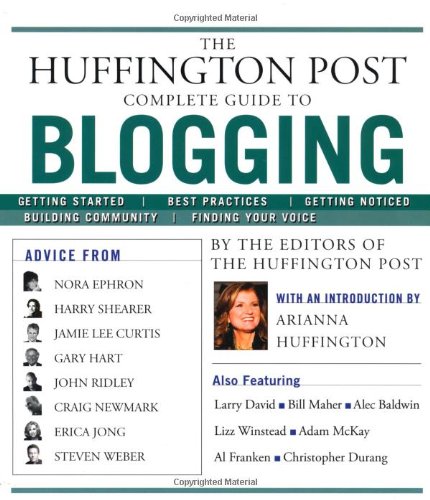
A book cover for The Huffington Post Complete Guide to Blogging; The editors of the Huffington Post; Computers & Technology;